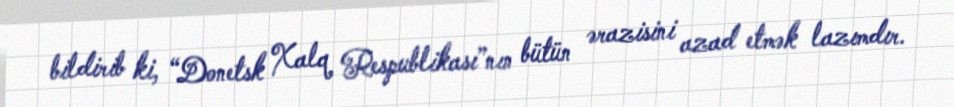
bildirib ki, “Donetsk Xalq Respublikası”nın bütün ərazisini azad etmək lazımdır.